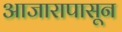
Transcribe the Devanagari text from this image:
आजारापासून